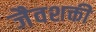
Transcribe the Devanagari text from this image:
जैवशक्ती